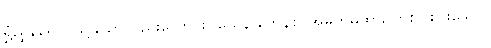
ရွှံညွှန်ရောင်ဖြင့်သော်လည်းကောင်း။ ယေန ကေနစိ၊ အမှတ်မထား တစ်ပါးပါးသော။